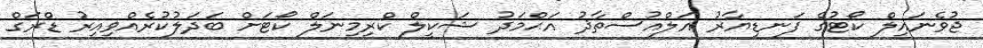
ޖުވެނައިލް ކޯޓުގެ ފަނޑިޔާރު އަލްއުސްތާޛު އަޙްމަދު ޝަކީލް ކްރިމިނަލް ކޯޓަށް ބަދަލުކުރެއްވިއިރު ޑްރަގް